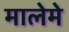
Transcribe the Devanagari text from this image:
मालेमे